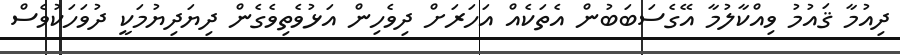
ދިއުމާ ޤައުމު ވިއްކާލުމާ އޭގެސަބަބުން އެތަކެއް އަހަރަށް ދިވެހިން އަޅުވެތިވެގެން ދިޔަދިޔުމަކީ ދުވަހަކުވެސް